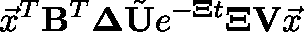
\vec { x } ^ { T } \mathbf { B } ^ { T } \mathbf { \Delta } \tilde { \mathbf { U } } e ^ { - \mathbf { \Xi } t } \mathbf { \Xi } \mathbf { V } \vec { x }